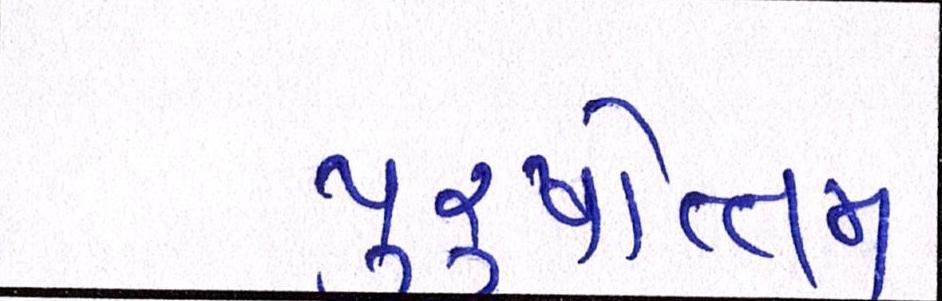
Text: પુરષોત્તમ